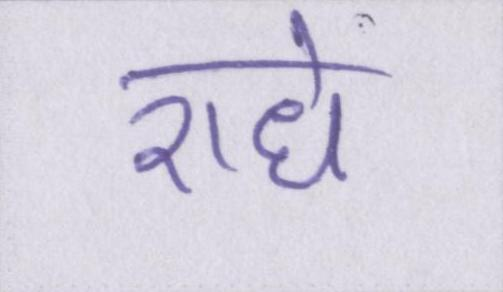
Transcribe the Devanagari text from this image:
राधे